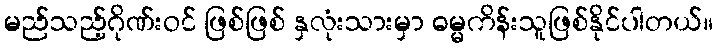
မည်သည့်ဂိုဏ်းဝင် ဖြစ်ဖြစ် နှလုံးသားမှာ ဓမ္မကိန်းသူဖြစ်နိုင်ပါတယ်။